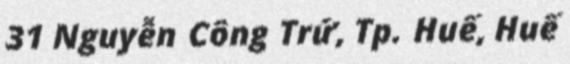
31 Nguyễn Công Trứ, Tp. Huế, Huế